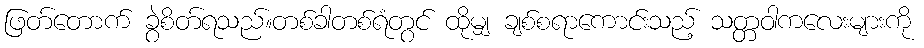
ဖြတ်တောက် ခွဲစိတ်ရသည်။တစ်ခါတစ်ရံတွင် ထိုမျှ ချစ်စရာကောင်းသည့် သတ္တဝါကလေးများကို